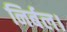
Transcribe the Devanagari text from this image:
निर्बल।